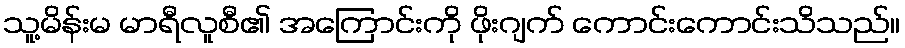
သူ့မိန်းမ မာရီလူစီ၏ အကြောင်းကို ဖိုးဂျက် ကောင်းကောင်းသိသည်။